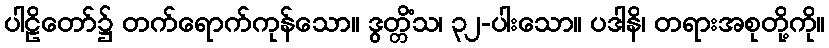
ပါဠိတော်၌ တက်ရောက်ကုန်သော။ ဒွတ္တိံသ၊ ၃၂-ပါးသော။ ပဒါနိ၊ တရားအစုတို့ကို။